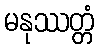
မနုဿတ္တံ